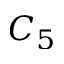
C _ { 5 }